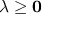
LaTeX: { \boldsymbol { \lambda } } \geq \mathbf { 0 }